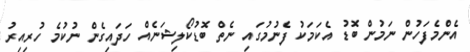
އެންމެފަހުން ނަމުން ބޮޑު އެކަމަކު ފެނުމުގައި ނެތް ބޮޑުކޯލިޝަނެއް ހަދައިގެން ނުކުމެ ހުރިއިރު